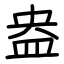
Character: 盎